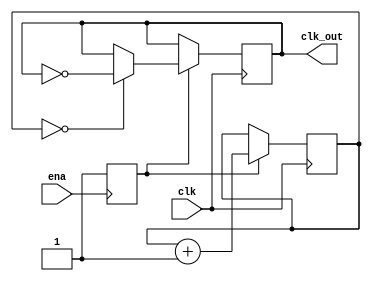
module divider_8 (
    input clk, ena,
    output reg clk_out
);
    reg flag;
    reg [1:0] cnt;
    initial begin
        flag <= 1'b0;
        cnt <= 2'b00;
	    clk_out <= 1'b0;
    end
    always @ (posedge ena) flag = 1'b1;
    always @ (posedge clk) if (flag) begin
        if (!cnt) clk_out <= !clk_out;
        cnt <= cnt + 1'b1;
    end
endmodule